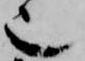
也